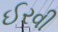
ઈરવી